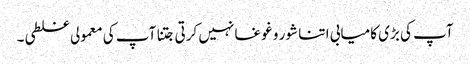
آپ کی بڑی کامیابی ا تنا شور و غوغا نہیں کرتی جتنا آپ کی معمولی غلطی۔